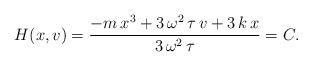
LaTeX: \begin{align*}H(x,v)=\frac{-m\,x^3+3\,\omega^2\,\tau\,v+3\,k\,x}{3\,\omega^2\,\tau}=C.\end{align*}